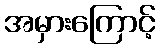
အမှားကြောင့်